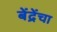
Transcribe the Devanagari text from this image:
बेंद्रेंचा